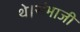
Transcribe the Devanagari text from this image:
थे।संभाजी